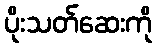
ပိုးသတ်ဆေးကို